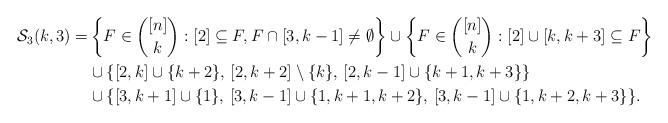
LaTeX: \begin{align*}\begin{aligned}\mathcal S_3(k,3)=&\left\{F\in\binom{[n]}{k}:[2]\subseteq F,F\cap[3,k-1]\neq\emptyset\right\}\cup\left\{F\in\binom{[n]}{k}:[2]\cup[k,k+3]\subseteq F\right\}\\&\cup\{[2,k]\cup\{k+2\},\, [2,k+2]\setminus\{k\}, \, [2,k-1]\cup\{k+1,k+3\}\}\\&\cup\{[3,k+1]\cup\{1\},\, [3,k-1]\cup\{1,k+1,k+2\}, \, [3,k-1]\cup\{1,k+2,k+3\}\}.\end{aligned}\end{align*}